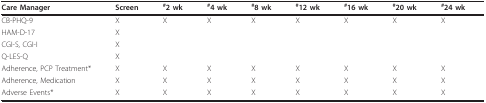
| Care Manager | Screen | #2 wk | #4 wk | #8 wk | #12 wk | #16 wk | #20 wk | #24 wk |
 | --- | --- | --- | --- | --- | --- | --- | --- | --- |
 | CB-PHQ-9 | X | X | X | X | X | X | X | X |
 | HAM-D-17 | X |  |  |  |  |  |  |  |
 | CGI-S, CGI-I | X |  |  |  |  |  |  |  |
 | Q-LES-Q | X |  |  |  |  |  |  |  |
 | Adherence, PCP Treatment* | X | X | X | X | X | X | X | X |
 | Adherence, Medication | X | X | X | X | X | X | X | X |
 | Adverse Events* | X | X | X | X | X | X | X | X |